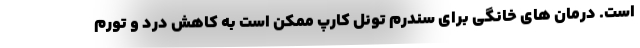
است. درمان های خانگی برای سندرم تونل کارپ ممکن است به کاهش درد و تورم